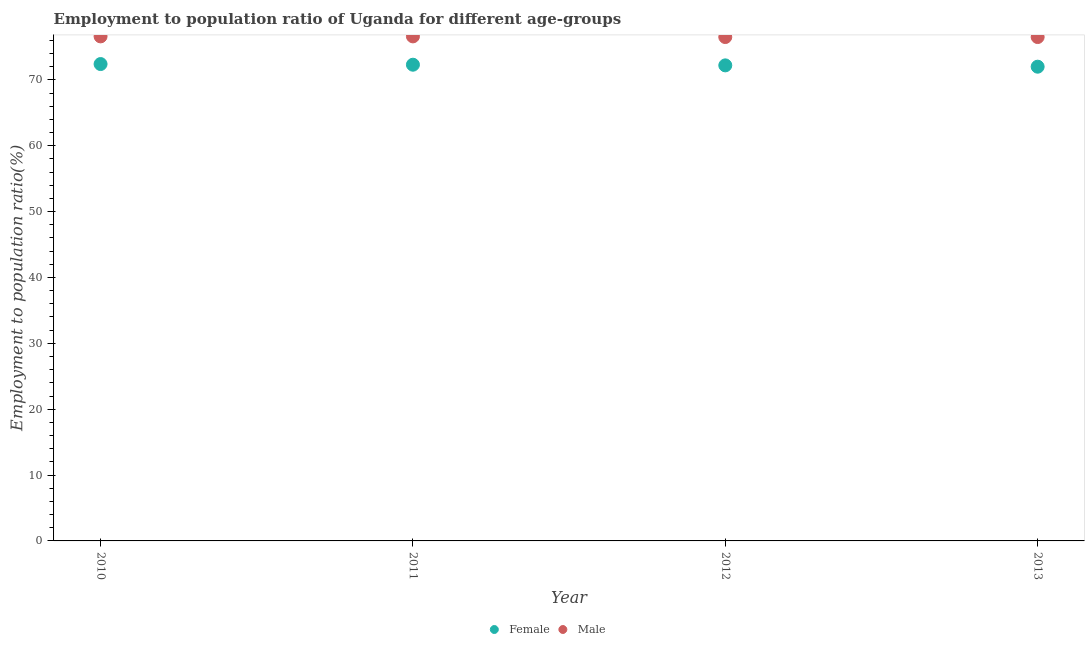
| Year | Female | Male |
 | --- | --- | --- |
 | 2010 | 72.4 | 76.6 |
 | 2011 | 72.3 | 76.6 |
 | 2012 | 72.2 | 76.5 |
 | 2013 | 72 | 76.5 |